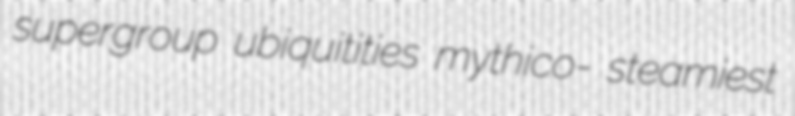
supergroup ubiquitities mythico- steamiest